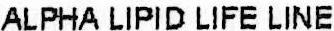
ALPHA LIPID LIFE LINE